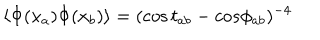
\langle \Phi ( x _ { a } ) \Phi ( x _ { b } ) \rangle = ( \cos t _ { a b } - c o s \phi _ { a b } ) ^ { - 4 }